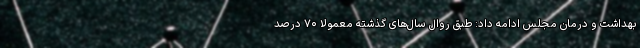
بهداشت و درمان مجلس ادامه داد: طبق روال سال‌های گذشته معمولاً ۷۰ درصد